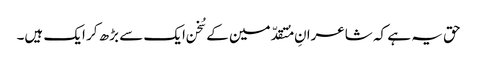
حق یہ ہے کہ شاعرانِ مُتقدّمین کے سُخن ایک سے بڑھ کر ایک ہیں۔